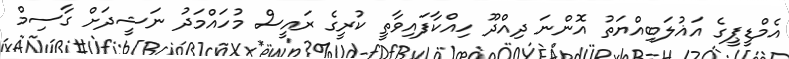
އެމްޑީޕީގެ އަޣުލަބިއްޔަތު އޮންނަ ދިއްދޫ ހިއްކާފައިވާތީ ކުރީގެ ރައީސް މުހައްމަދު ނަޝީދަށް ގާސިމް